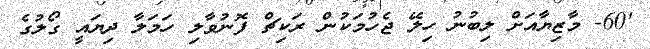
'60- މާޒިޔާއަށް ލިބުނު ހިލޭ ޖެހުމަކުން ރަކިޗް ފޮނުވާލި ހަމަލާ ދިޔައީ ގޯލުގެ